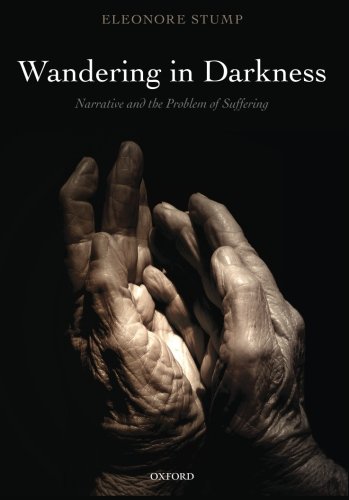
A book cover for Wandering in Darkness: Narrative and the Problem of Suffering; Eleonore Stump; Politics & Social Sciences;